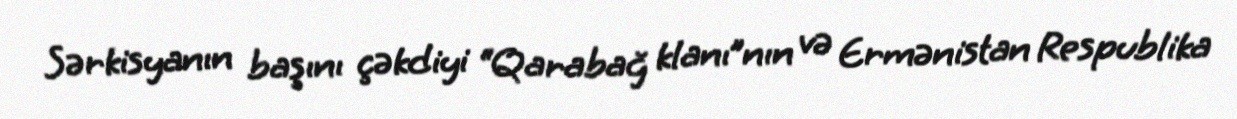
Sərkisyanın başını çəkdiyi “Qarabağ klanı”nın və Ermənistan Respublika